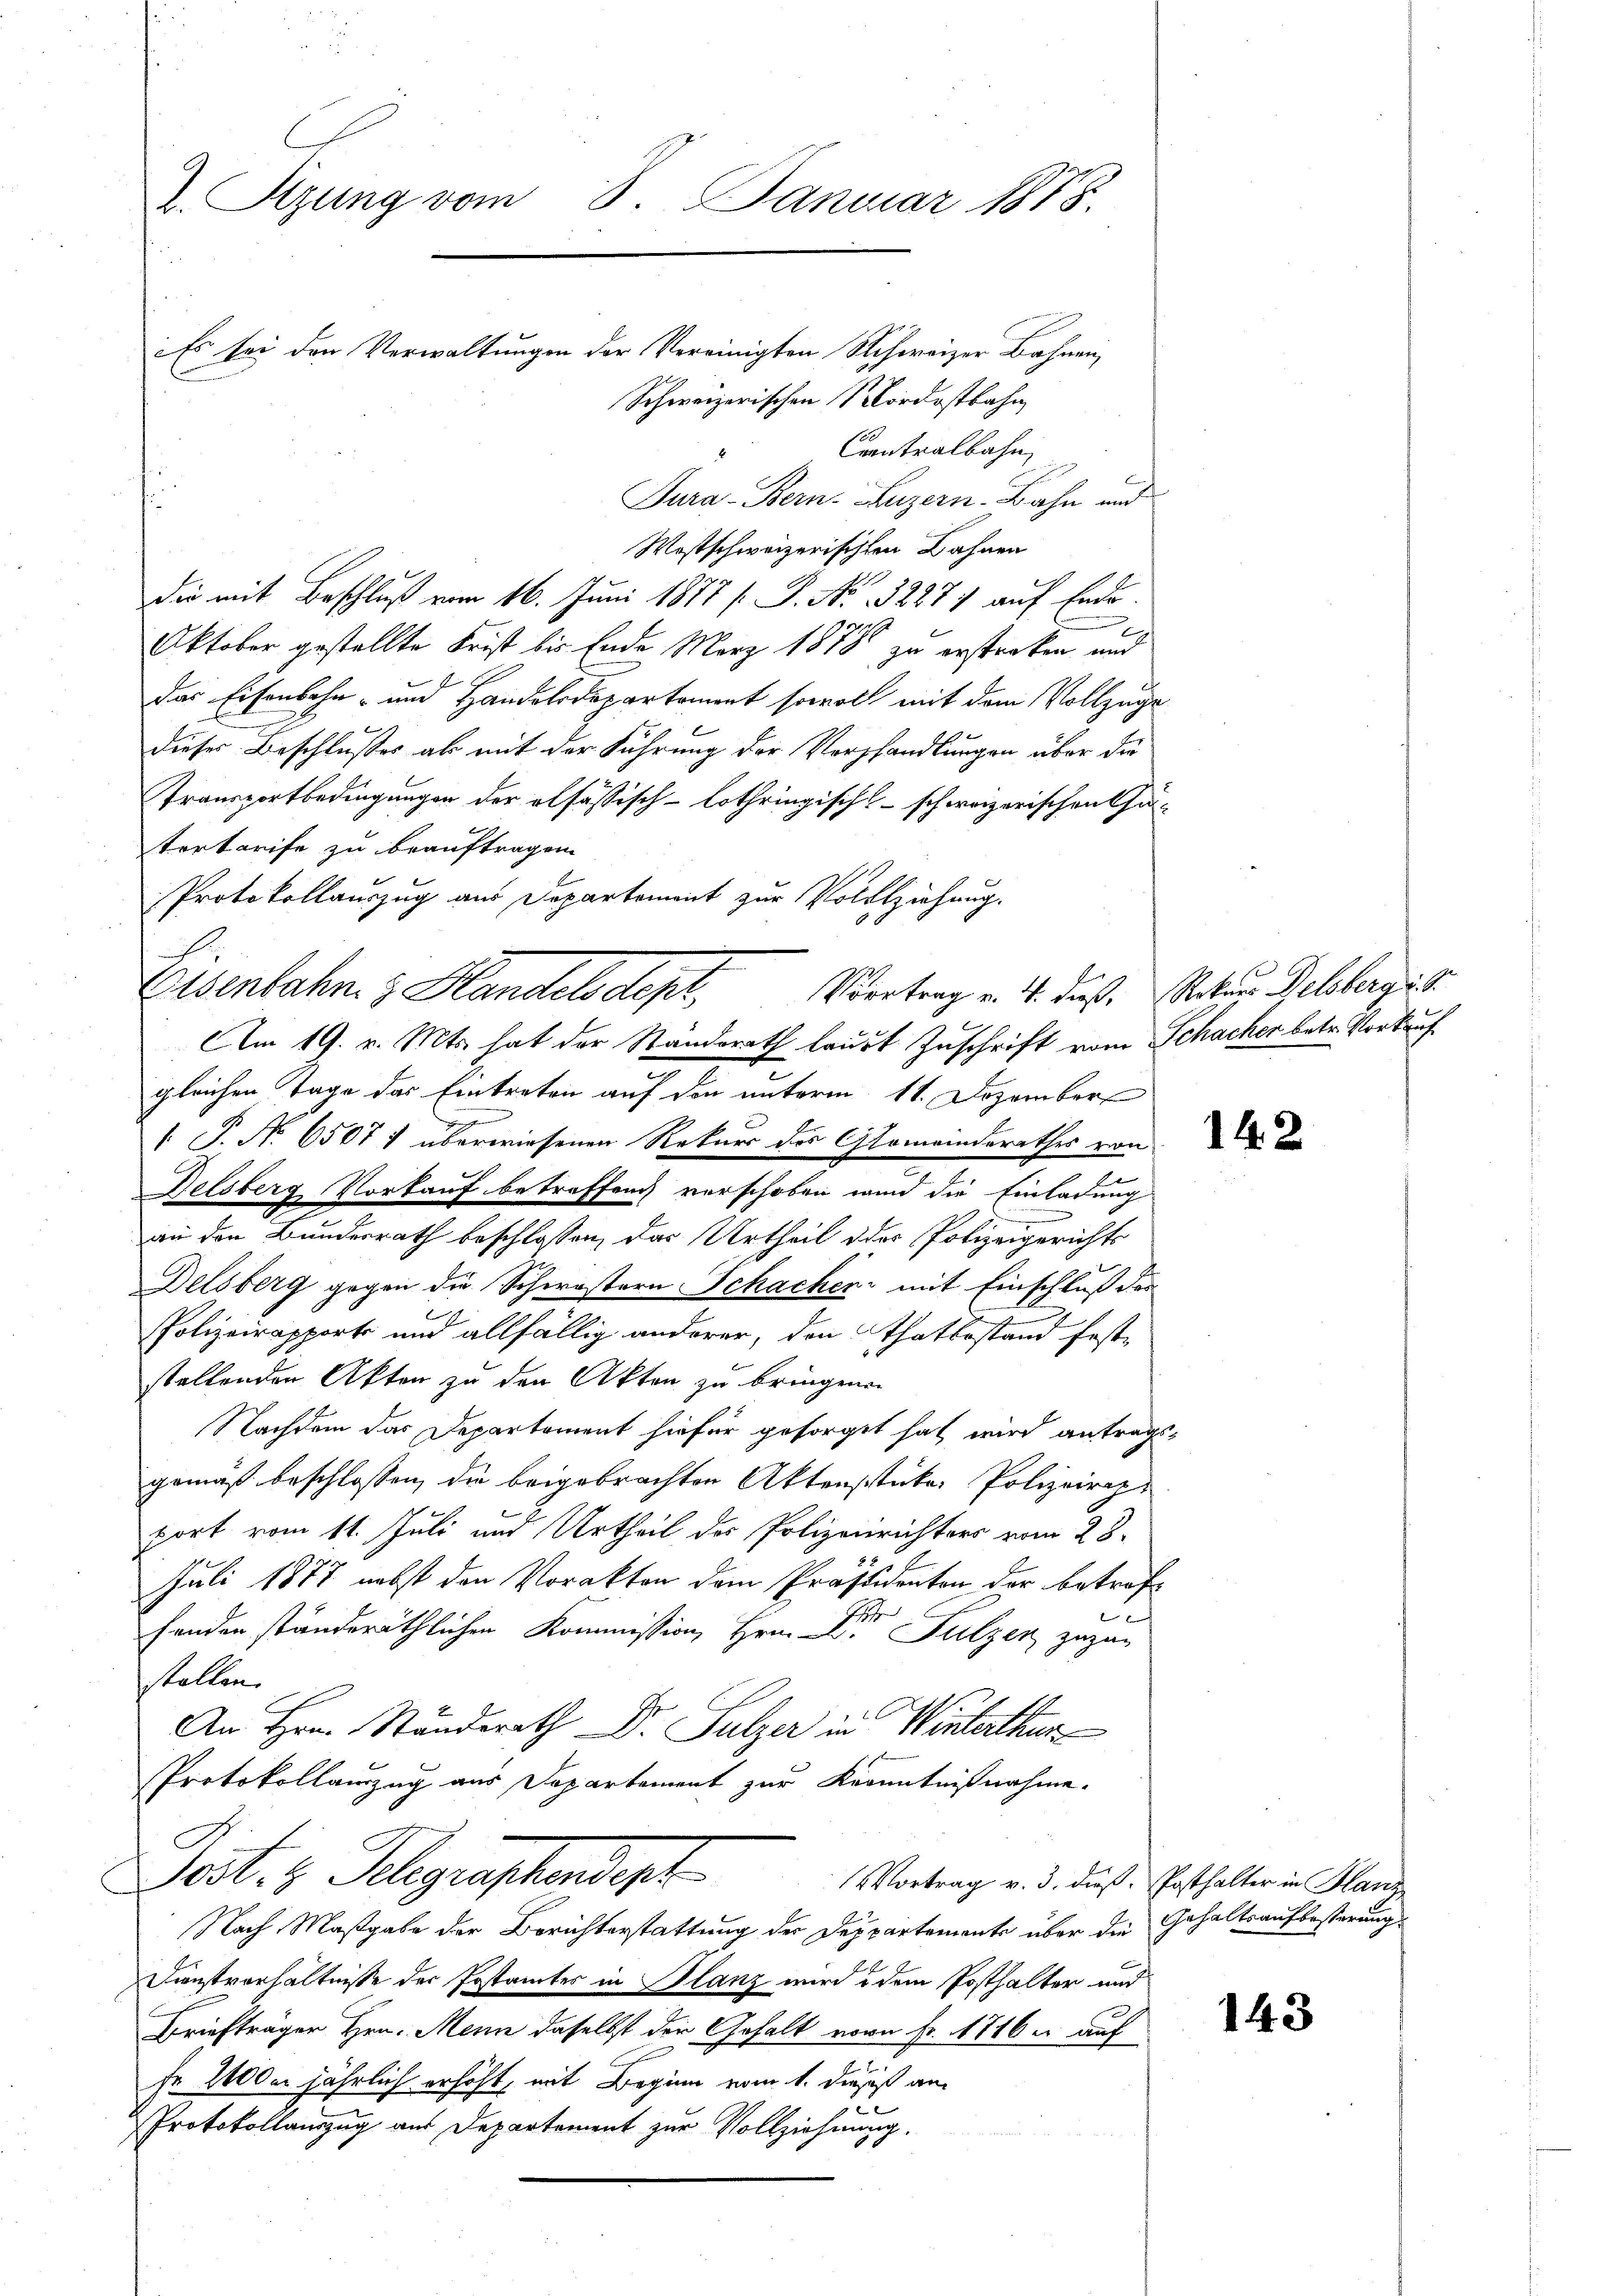
2. Rezung vom 8. Januar 1888.

Es bei den Verwaltungen der Vereinigten Schweizer Bahnen,
Schweizerischen Nordostbahn
Contralbahn,
Tura-Bern, Luzern Bahn und
Wostschweizerischten Bahnen
die mit Beschluß vom 16. Juni 1878 / P. Nr. 3287) auf Ende
Oktober gestellte Frist bis Ende März 1878 zu erstraken und
das Eisenbahn- und Handelsdepartement sowol mit dem Vollzuge
dieses Beschlusses ab mit der Führung der Verhandlungen über die
Transportbedingungen der elfässisch-lothringisch-schweizerischen Cha-
tortarife zu beauftragen.
Protokollauszug aus Departement zur Vollziehung.
gleichen Tage das Eintreten auf den unterm 11. Dezember
n
1. P. No. 65071 überwiesenen Rekurs des Gemeinderathes von
Delsberg Vorkauf betreffen, verschoben wird die Einladung
an den Bundesrath beschlossen, das Urtheil des Polizeigerichts
Delsberg gegen die Schwistern Schachen mit Einschluß des
PPolizeirapport und allfällig anderer, den Thatbestand feststellenden Akten zu den Akten zu bringenen
Nachdem das Departement hiefür gesorget hat wird antragsgemäß beschlossen, die beigebrachten Aktenstückes Polizeiraport vom 11. Juli und Urtheil des Polizeirichters vom 28.
Juli 1877 nebst den Vorakten dem Präsidenten der betrefh
.
henden ständeräthlichen Kommission, Hrn. L. Sulzer zuzu-
stellen.
An Hrn. Stunderath Dr. Sulzer in Winterthur
Protokollanzug aus Departement zur Kenntnißnahme.
Sest. H. Gelegraphendest
VVortrag v. 3. dieß. Posthalter in Hans
Nach Maßgabe der Berichterstattung der Deppartemente über die Gehaltsaufbesterung
E
Dienstverhältnisse der Postamtes in Blanz wird dem Posthalter und
Briefträger Hrn. Meine daselbst der Gehalt von Fr. 1716 u. auf
n
Fr. 2100m jährlich erhöht, mit Beginn vom 1. dieses an
Protokollauszug aus Departement zur Vollziehnung.

Eisenbahn & Handels depr
Am 19. v. Mts. hat der Standsrath laut Zuschrift vom Schacher betr. Vorkauf¬

Vortrag v. 4. dieß, Rekurs Delsberg i. S.

142

143